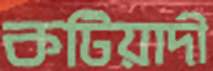
কটিয়াদী